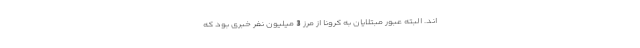
اند. البته عبور مبتلایان به کرونا از مرز 3 میلیون نفر خبری بود که